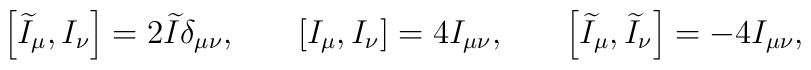
\left[ \widetilde{I}_\mu ,I_\nu \right] =2\widetilde{I}\delta_{\mu \nu } ,\hspace{0.3in}\left[ I_\mu ,I_\nu \right] =4I_{\mu\nu } ,\hspace{0.3in}\left[ \widetilde{I}_\mu ,\widetilde{I}_\nu\right] =-4I_{\mu \nu } ,